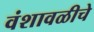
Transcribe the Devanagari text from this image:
वंशावळीचे